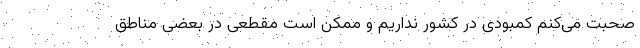
صحبت می‌کنم کمبودی در کشور نداریم و ممکن است مقطعی در بعضی مناطق